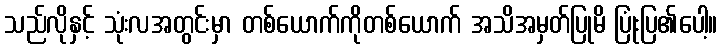
သည်လိုနှင့် သုံးလအတွင်းမှာ တစ်ယောက်ကိုတစ်ယောက် အသိအမှတ်ပြုမိ ပြုံးပြ၏ပေါ့။